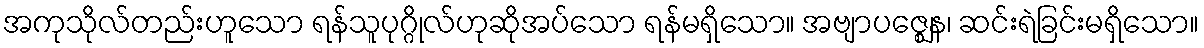
အကုသိုလ်တည်းဟူသော ရန်သူပုဂ္ဂိုလ်ဟုဆိုအပ်သော ရန်မရှိသော။ အဗျာပဇ္ဈေန၊ ဆင်းရဲခြင်းမရှိသော။